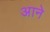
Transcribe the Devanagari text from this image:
अाने